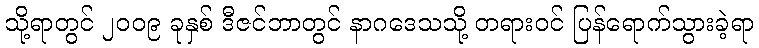
သို့ရာတွင် ၂၀၀၉ ခုနှစ် ဒီဇင်ဘာတွင် နာဂဒေသသို့ တရားဝင် ပြန်ရောက်သွားခဲ့ရာ